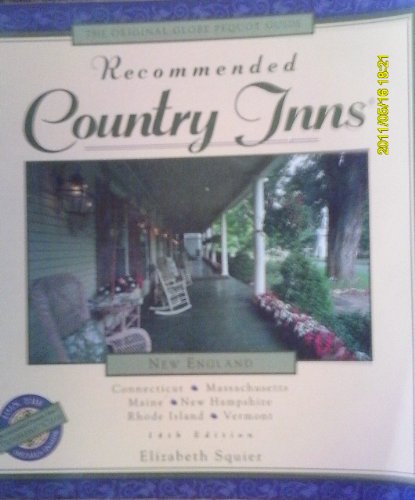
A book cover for Recommended Country Inns: New England/Connecticut/Maind/Massachussetts/New Hampshire/Rhode Island/Vermont (Recommended Country Inns Series); Elizabeth Squier; Travel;